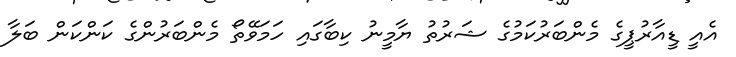
އެއީ ޑީއާރުޕީގެ މެންބަރުކަމުގެ ޝަރުތު ޔާމީނު ކިބާގައި ހަމަވޭތޯ މެންބަރުންގެ ކަންކަން ބަލާ